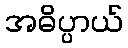
အဓိပ္ပာယ်